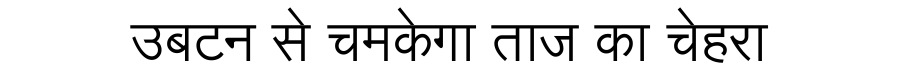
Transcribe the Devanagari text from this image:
उबटन से चमकेगा ताज का चेहरा